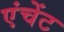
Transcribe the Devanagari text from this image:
एंचेंट